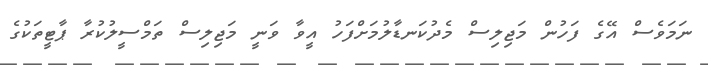
ނަމަވެސް އޭގެ ފަހުން މަޖިލިސް މެދުކަނޑާލުމަށްފަހު އީވާ ވަނީ މަޖިލިސް ތަމްސީލުކުރާ ޕާޓީތަކުގެ